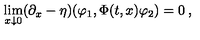
\lim _ { x \downarrow 0 } ( \partial _ { x } - \eta ) ( \varphi _ { 1 } , \Phi ( t , x ) \varphi _ { 2 } ) = 0 \: , \nonumber